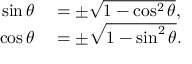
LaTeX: \begin{array} { r l } { \sin \theta } & { { } = \pm { \sqrt { 1 - \cos ^ { 2 } \theta } } , } \\ { \cos \theta } & { { } = \pm { \sqrt { 1 - \sin ^ { 2 } \theta } } . } \end{array}